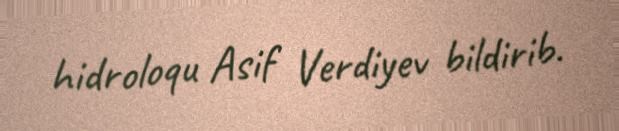
hidroloqu Asif Verdiyev bildirib.